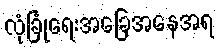
လုံခြုံရေးအခြေအနေအရ